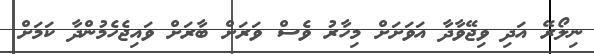
ނިލޯރޭ އަދި ވިޖޭވާދާ އަވަށަށް މިހާރު ވެސް ވަރަށް ބާރަށް ވައިޖެހެމުންދާ ކަމަށް